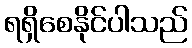
ရရှိစေနိုင်ပါသည်